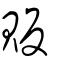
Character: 販